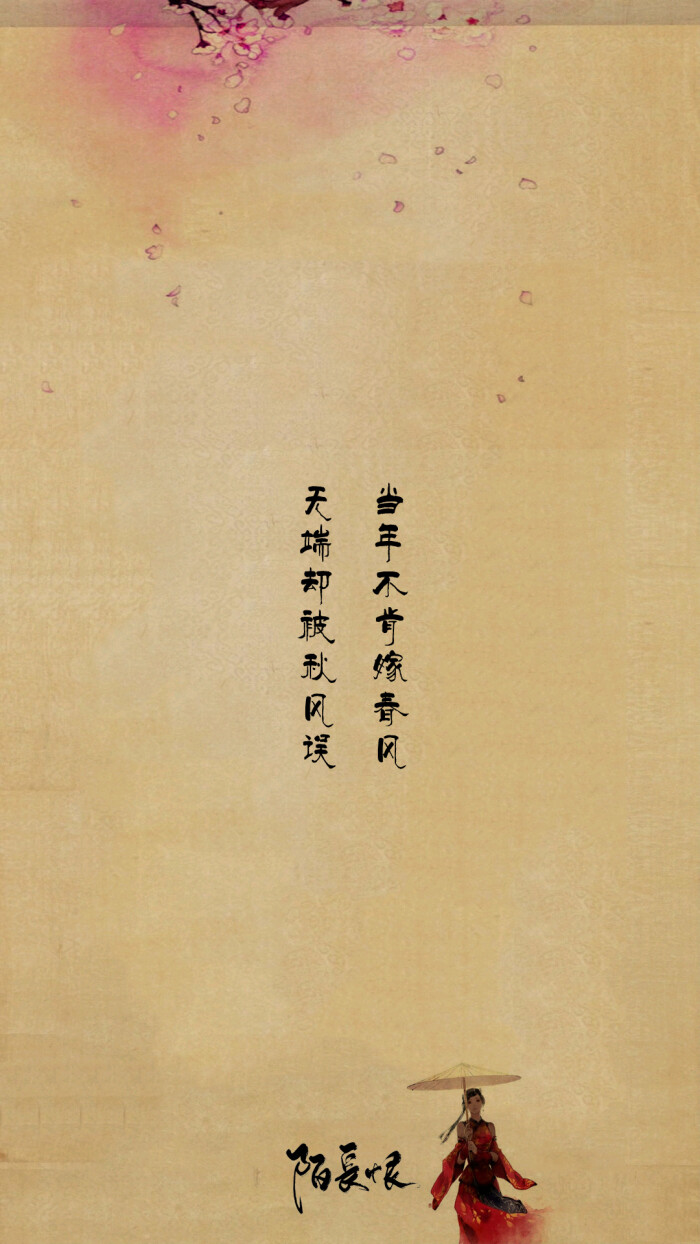
当年不肯嫁春风，无端却被秋风误。